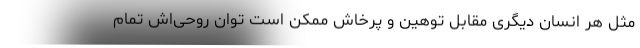
مثل هر انسان دیگری مقابل توهین و پرخاش ممکن است توان روحی‌اش تمام